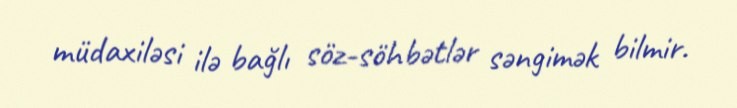
müdaxiləsi ilə bağlı söz-söhbətlər səngimək bilmir.